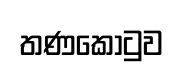
තණකොටුව